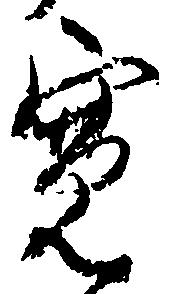
寛